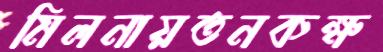
মিলনায়তনকক্ষ